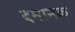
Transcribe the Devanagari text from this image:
दमानक